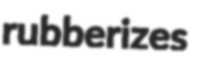
rubberizes